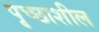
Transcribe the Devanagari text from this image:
पृच्छाशील